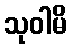
သုဝါမိ